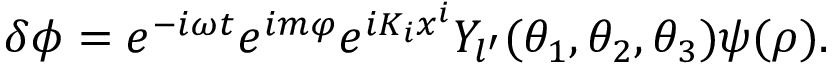
\delta \phi = e ^ { - i \omega t } e ^ { i m \varphi } e ^ { i K _ { i } x ^ { i } } Y _ { l ^ { \prime } } ( \theta _ { 1 } , \theta _ { 2 } , \theta _ { 3 } ) \psi ( \rho ) .